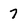
Character: 7